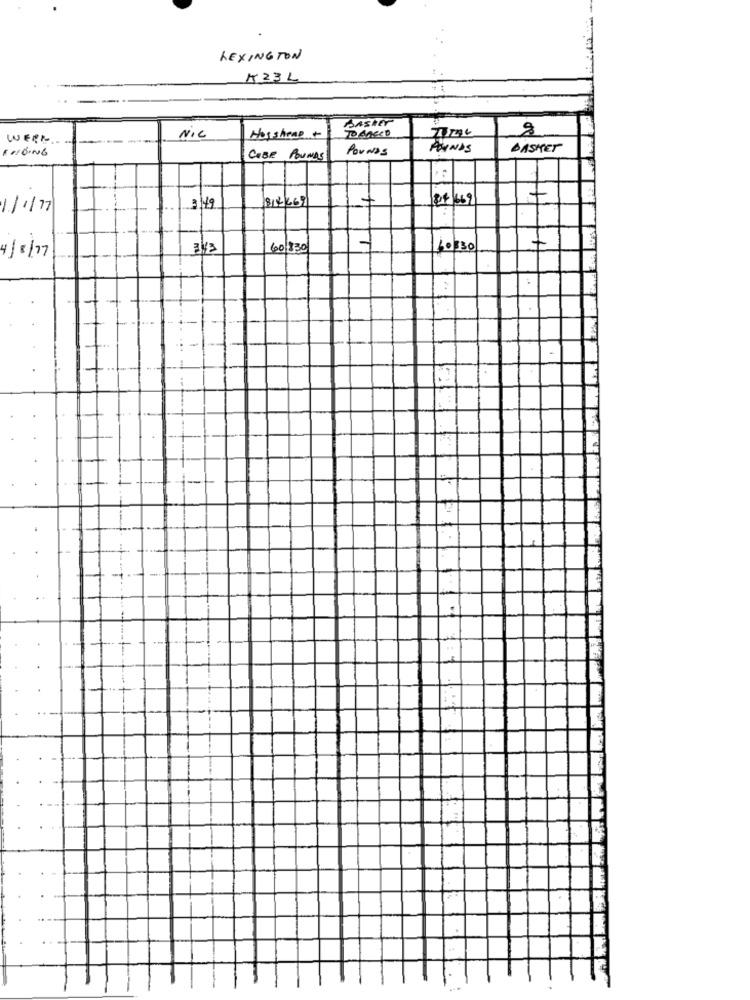
LEXINGTON
K23L
BASKET
TO BASED
8
WEEK
----
NIC
Hossheap +
FORGING
POUNDS
POUNDS
DASHET
CABE POUNDS
818669
84 669
1/1/77
349
60 330
60330
4/8/17